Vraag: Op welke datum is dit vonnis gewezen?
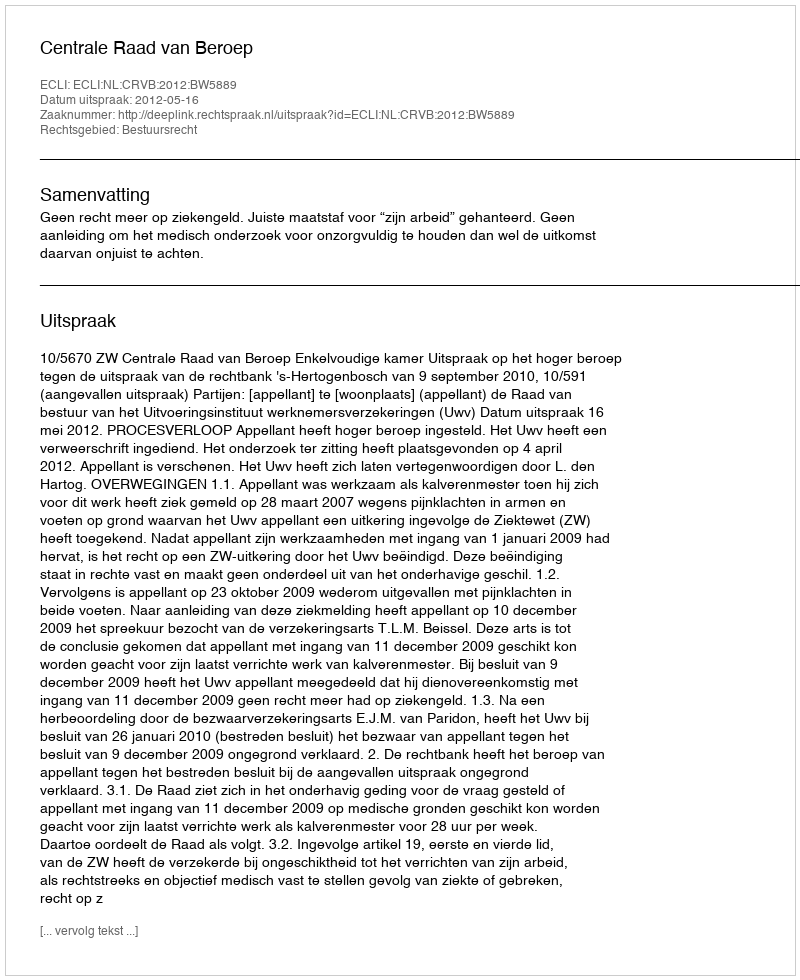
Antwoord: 2012-05-16